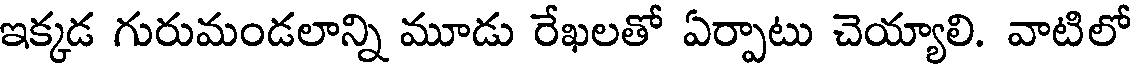
ఇక్కడ గురుమండలాన్ని మూడు రేఖలతో ఏర్పాటు చెయ్యాలి. వాటిలో